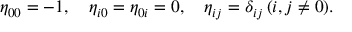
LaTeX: \eta _ { 0 0 } = - 1 , \quad \eta _ { i 0 } = \eta _ { 0 i } = 0 , \quad \eta _ { i j } = \delta _ { i j } \, ( i , j \neq 0 ) .